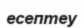
есептеу